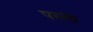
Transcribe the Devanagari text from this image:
परला